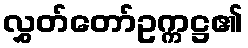
လွှတ်တော်ဥက္ကဋ္ဌ၏